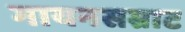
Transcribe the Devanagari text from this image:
गायनसम्राट